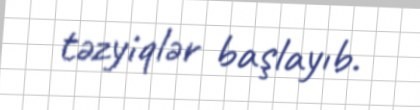
təzyiqlər başlayıb.